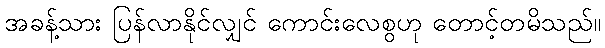
အခန့်သား ပြန်လာနိုင်လျှင် ကောင်းလေစွဟု တောင့်တမိသည်။